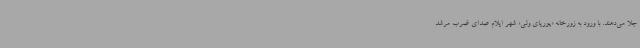
جلا می‌دهند. با ورود به زورخانه «پوریای ولی» شهر ایلام صدای ضرب مرشد